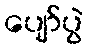
ပျော်ပွဲ